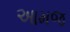
આમજ